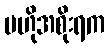
ဗဟိုအစိုးရက